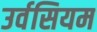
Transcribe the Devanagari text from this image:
उर्वसियम